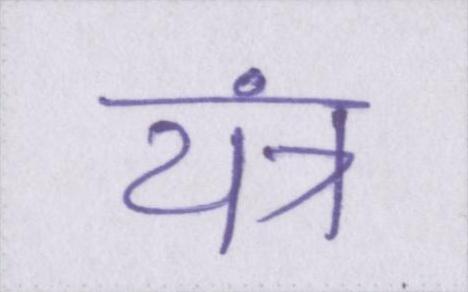
यंत्र